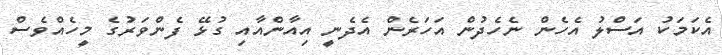
އެކަމަކު އަސްލު އެހެން ނެހެދުން އަހަރެން އެދެނީ އިއާންއާއި ގުޅޭ ފެންވަރުގެ މީހެއްވެސް